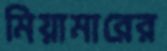
মিয়ামারের